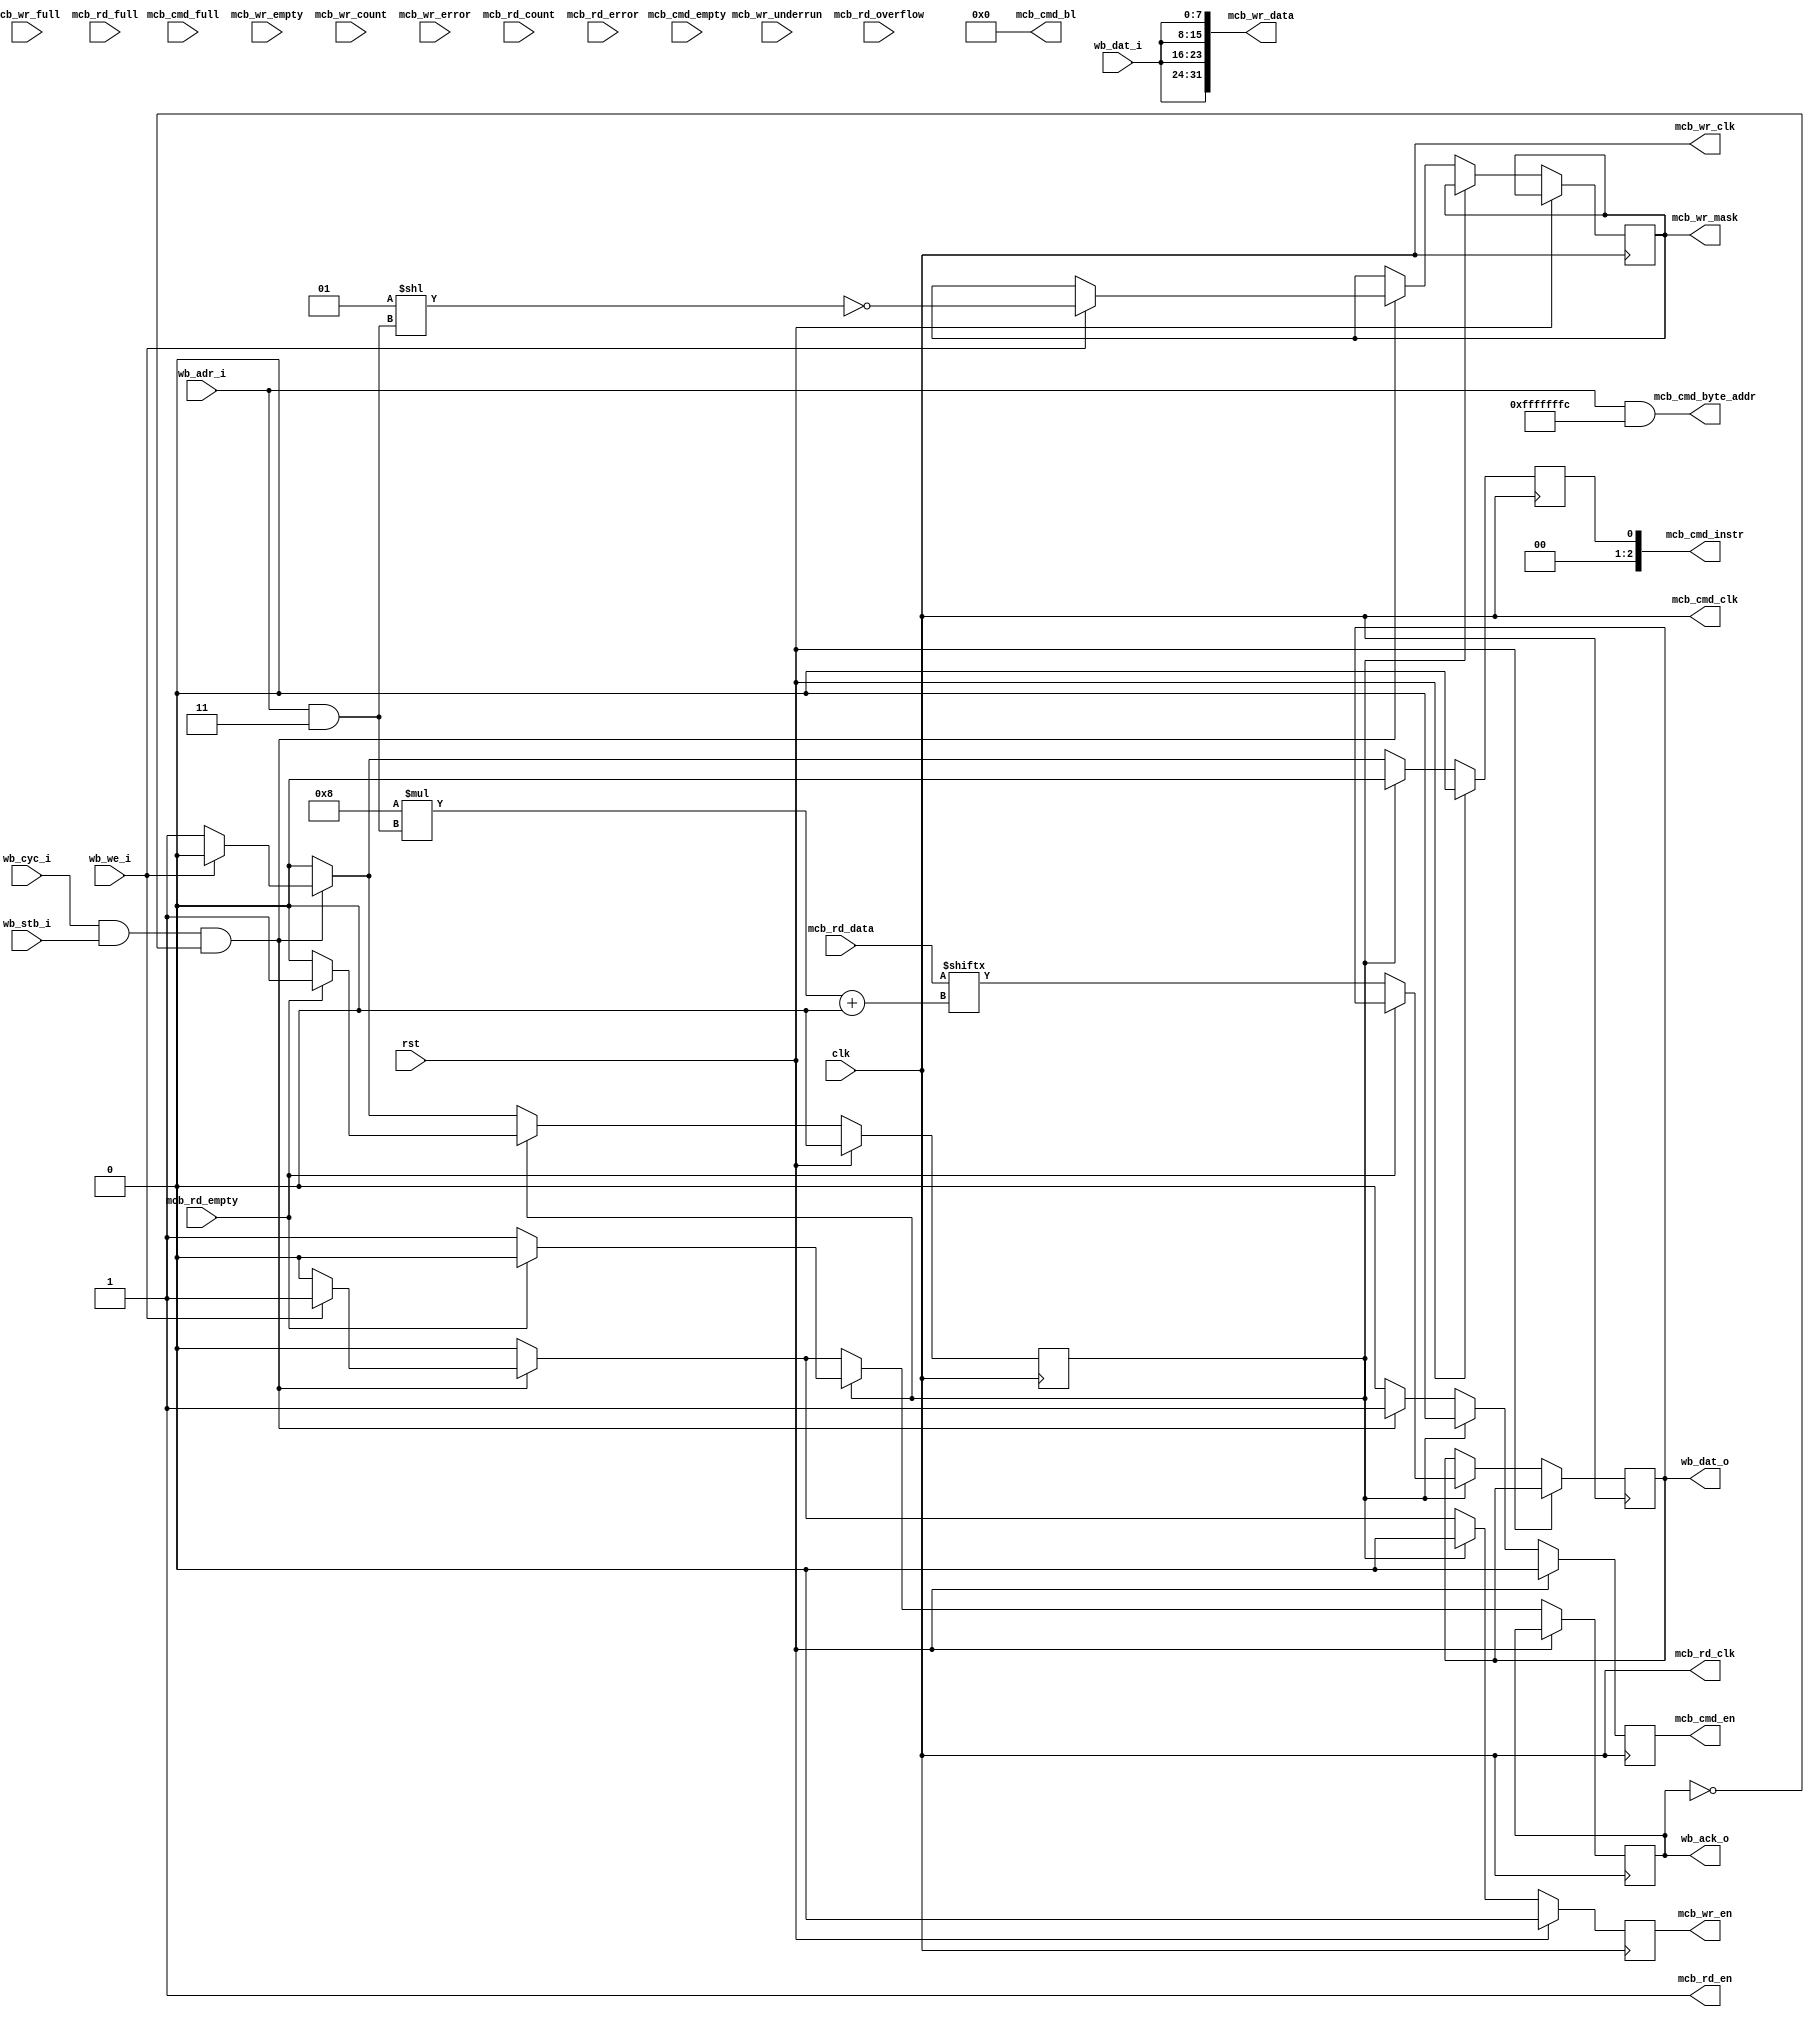
module wb_mcb_8
(
    input  wire        clk,
    input  wire        rst,

    /*
     * Wishbone interface
     */
    input  wire [31:0] wb_adr_i,     // ADR_I() address input
    input  wire [7:0]  wb_dat_i,     // DAT_I() data in
    output wire [7:0]  wb_dat_o,     // DAT_O() data out
    input  wire        wb_we_i,      // WE_I write enable input
    input  wire        wb_stb_i,     // STB_I strobe input
    output wire        wb_ack_o,     // ACK_O acknowledge output
    input  wire        wb_cyc_i,     // CYC_I cycle input

    /*
     * MCB interface
     */
    output wire        mcb_cmd_clk,
    output wire        mcb_cmd_en,
    output wire [2:0]  mcb_cmd_instr,
    output wire [5:0]  mcb_cmd_bl,
    output wire [31:0] mcb_cmd_byte_addr,
    input  wire        mcb_cmd_empty,
    input  wire        mcb_cmd_full,
    output wire        mcb_wr_clk,
    output wire        mcb_wr_en,
    output wire [3:0]  mcb_wr_mask,
    output wire [31:0] mcb_wr_data,
    input  wire        mcb_wr_empty,
    input  wire        mcb_wr_full,
    input  wire        mcb_wr_underrun,
    input  wire [6:0]  mcb_wr_count,
    input  wire        mcb_wr_error,
    output wire        mcb_rd_clk,
    output wire        mcb_rd_en,
    input  wire [31:0] mcb_rd_data,
    input  wire        mcb_rd_empty,
    input  wire        mcb_rd_full,
    input  wire        mcb_rd_overflow,
    input  wire [6:0]  mcb_rd_count,
    input  wire        mcb_rd_error
);

reg cycle_reg = 0;

reg [7:0] wb_dat_reg = 0;
reg wb_ack_reg = 0;

reg mcb_cmd_en_reg = 0;
reg mcb_cmd_instr_reg = 0;
reg mcb_wr_en_reg = 0;
reg [3:0] mcb_wr_mask_reg = 0;

assign wb_dat_o = wb_dat_reg;
assign wb_ack_o = wb_ack_reg;

assign mcb_cmd_clk = clk;
assign mcb_cmd_en = mcb_cmd_en_reg;
assign mcb_cmd_instr = mcb_cmd_instr_reg;
assign mcb_cmd_bl = 0;
assign mcb_cmd_byte_addr = wb_adr_i & 32'hFFFFFFFC;
assign mcb_wr_clk = clk;
assign mcb_wr_en = mcb_wr_en_reg;
assign mcb_wr_mask = mcb_wr_mask_reg;
assign mcb_wr_data = {wb_dat_i, wb_dat_i, wb_dat_i, wb_dat_i};
assign mcb_rd_clk = clk;
assign mcb_rd_en = 1;

always @(posedge clk) begin
    if (rst) begin
        cycle_reg <= 0;
        mcb_cmd_en_reg <= 0;
        mcb_cmd_instr_reg <= 0;
        mcb_wr_en_reg <= 0;
    end else begin
        wb_ack_reg <= 0;
        mcb_cmd_en_reg <= 0;
        mcb_cmd_instr_reg <= 0;
        mcb_wr_en_reg <= 0;

        if (cycle_reg) begin
            if (~mcb_rd_empty) begin
                cycle_reg <= 0;
                wb_dat_reg <= mcb_rd_data[8*(wb_adr_i & 3) +: 8];
                wb_ack_reg <= 1;
            end
        end else if (wb_cyc_i & wb_stb_i & ~wb_ack_o) begin
            if (wb_we_i) begin
                mcb_cmd_instr_reg <= 3'b000;
                mcb_cmd_en_reg <= 1;
                mcb_wr_en_reg <= 1;
                mcb_wr_mask_reg <= ~(1 << (wb_adr_i & 3));
                wb_ack_reg <= 1;
            end else begin
                mcb_cmd_instr_reg <= 3'b001;
                mcb_cmd_en_reg <= 1;
                cycle_reg <= 1;
            end
        end
    end
end

endmodule